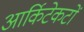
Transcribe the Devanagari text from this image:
आर्किटेकटों